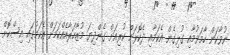
ނުވާކަން ހާމަވުމާއި ގުޅިގެން އެކަމާއި ދެކޮޅަށް ކުރިއަށް ގެންދިޔަ މުޒާހަރާއެއްކަމަށް އެކަމުގައި އިސްކޮށް